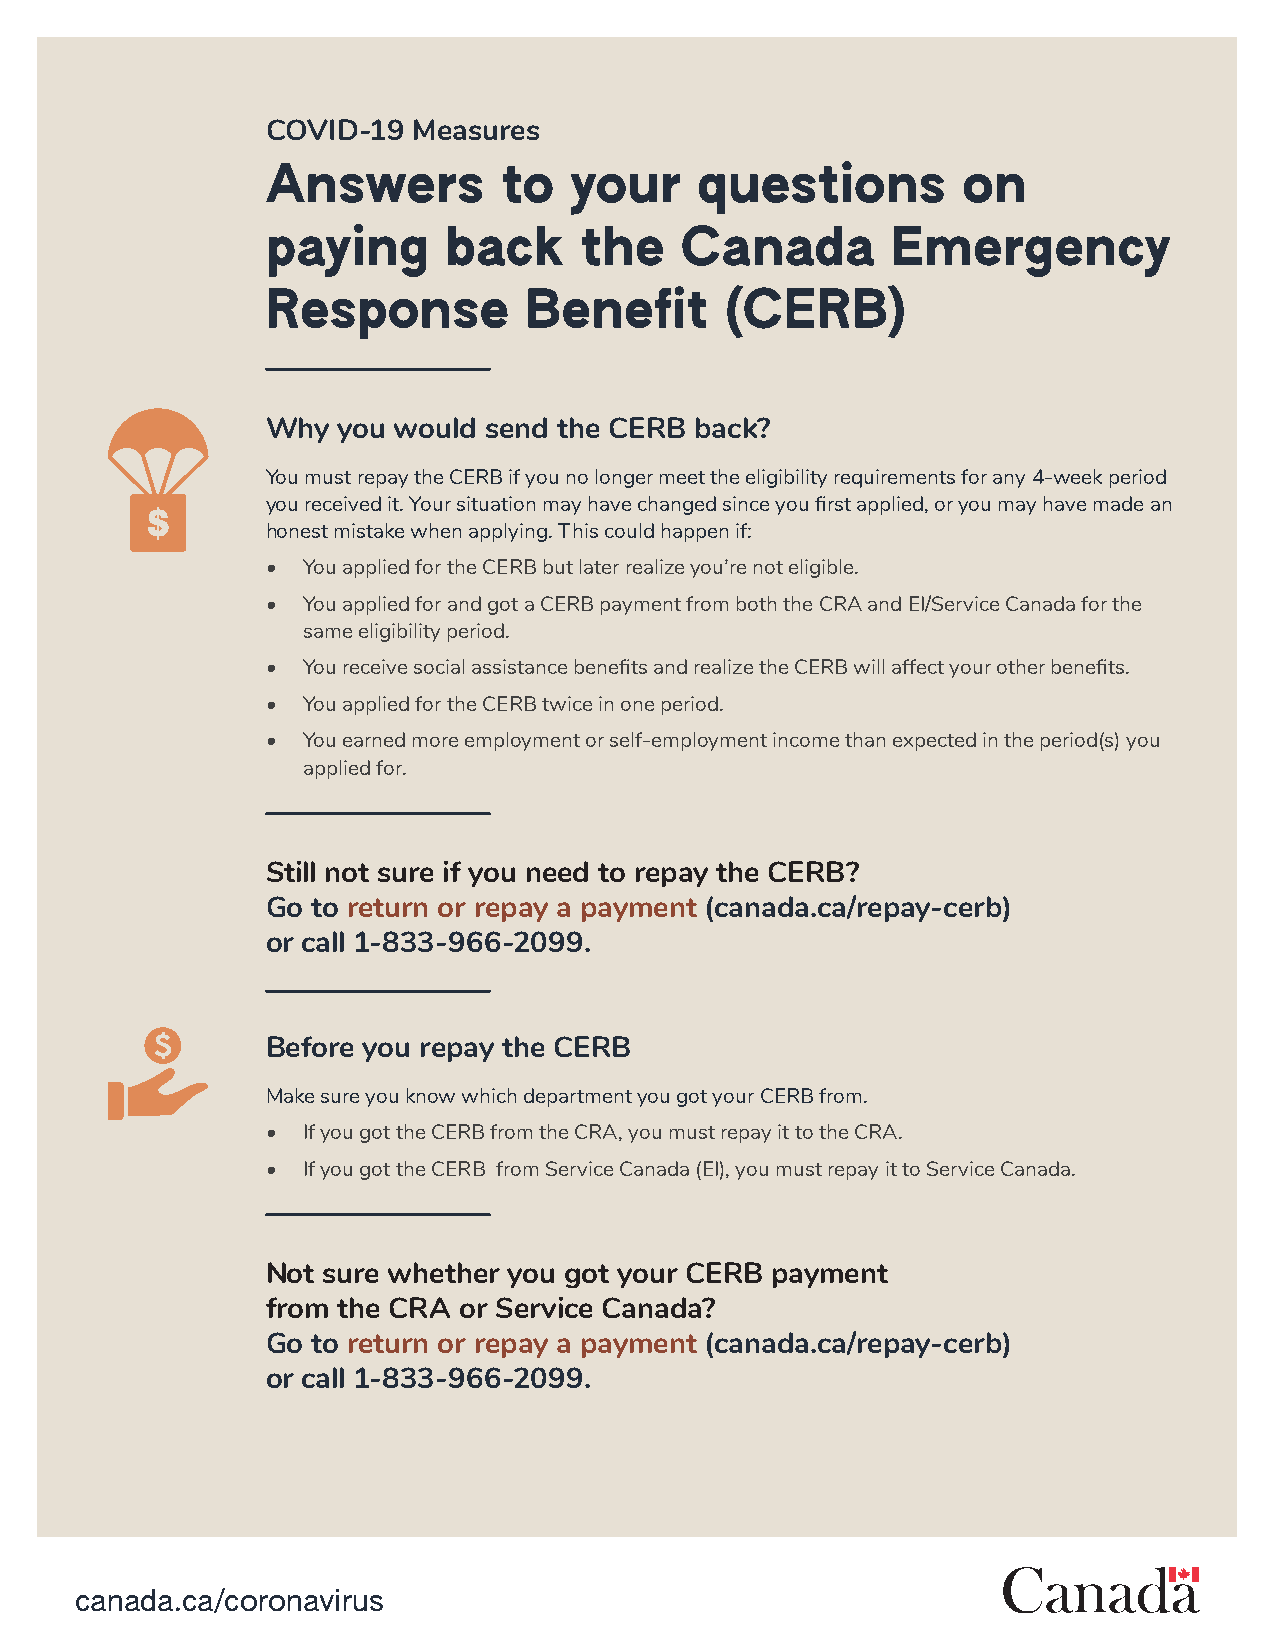
COVID-19 Measures
 Answers        to   your    questions         on
 paying     back     the    Canada        Emergency
 Response         Benefit      (CERB)
 Why you would send the CERB back?
 You must repay the CERB if you no longer meet the eligibility requirements for any 4-week period
 you received it. Your situation may have changed since you first applied, or you may have made an
 honest mistake when applying. This could happen if:
 • You applied for the CERB but later realize you’re not eligible.
 • You applied for and got a CERB payment from both the CRA and EI/Service Canada for the
 same eligibility period.
 • You receive social assistance benefits and realize the CERB will affect your other benefits.
 • You applied for the CERB twice in one period.
 • You earned more employment or self-employment income than expected in the period(s) you
 applied for.
 Still not sure if you need to repay the CERB?
 Go to return or repay a payment (canada.ca/repay-cerb)
 or call 1-833-966-2099.
 Before you repay the CERB
 Make sure you know which department you got your CERB from.
 • If you got the CERB from the CRA, you must repay it to the CRA.
 • If you got the CERB from Service Canada (EI), you must repay it to Service Canada.
 Not sure whether you got your CERB payment
 from the CRA or Service Canada?
 Go to return or repay a payment (canada.ca/repay-cerb)
 or call 1-833-966-2099.
 canada.ca/coronavirus